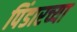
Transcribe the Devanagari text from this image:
पिंडारच्या